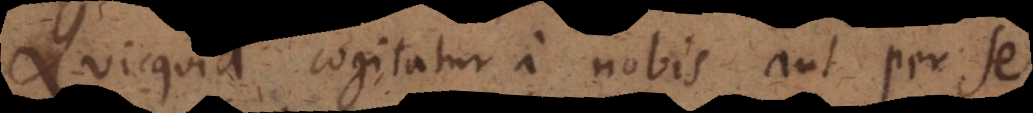
icquid cogitatur a nobis aut per se